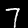
Label: 7